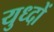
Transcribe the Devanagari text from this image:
युध्दों